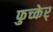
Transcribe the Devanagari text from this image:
फुच्केर्